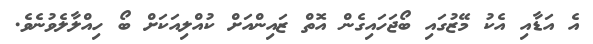
އެ އަޑާއި އެކު މޭޒުގައި ބޯޖަހައިގެން އޮތް ޒައިންއަށް ކުއްލިއަކަށް ބޯ ހިއްލާލެވުނެވެ.